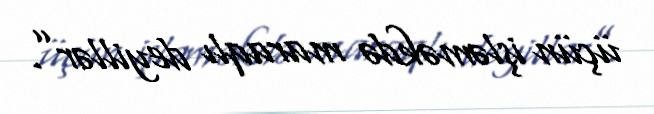
üçün işləməkdə maraqlı deyillər”.